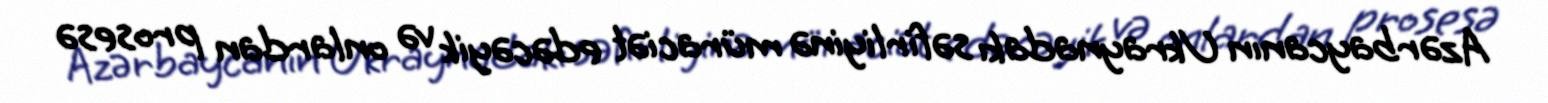
Azərbaycanın Ukraynadakı səfirliyinə müraciət edəcəyik və onlardan prosesə